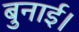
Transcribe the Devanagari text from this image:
बुनाई।